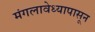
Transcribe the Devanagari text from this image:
मंगलावेध्यापासून